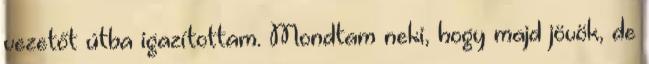
vezetőt útba igazítottam. Mondtam neki, hogy majd jövök, de